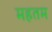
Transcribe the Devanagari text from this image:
महतम